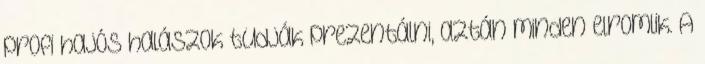
profi hajós halászok tudják prezentálni, aztán minden elromlik. A